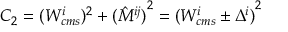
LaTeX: C _ { 2 } = ( { W _ { c m s } ^ { i } } ) ^ { 2 } + { ( \hat { M } ^ { i j } ) } ^ { 2 } = { ( W _ { c m s } ^ { i } \pm \Delta ^ { i } ) } ^ { 2 }